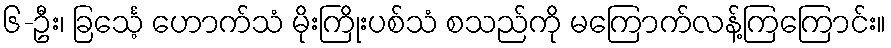
၆-ဦး၊ ခြင်္သေ့ ဟောက်သံ မိုးကြိုးပစ်သံ စသည်ကို မကြောက်လန့်ကြကြောင်း။